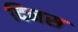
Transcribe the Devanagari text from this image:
दिनस